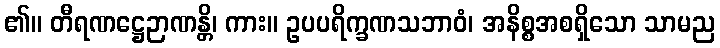
၏။ တီရဏဋ္ဌေဉာဏန္တိ၊ ကား။ ဥပပရိက္ခဏသဘာဝံ၊ အနိစ္စအစရှိသော သာမည